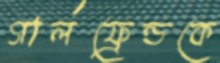
গার্লফ্রেন্ডকে